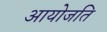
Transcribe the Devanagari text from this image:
आयोजति